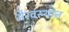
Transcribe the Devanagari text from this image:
भैरवस्थान